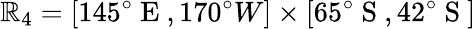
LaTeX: \mathbb{R}_{4}=[145^{\circ}\mathrm{{~E~}},170^{\circ}{W}]\times[65^{\circ}\mathrm{{~S~}},42^{\circ}\mathrm{{~S~}}]